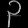
Digit: ၃